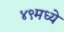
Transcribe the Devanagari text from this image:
४९मध्ये